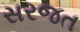
સરજત